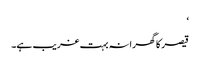
‘
قیصر کا گھرانہ بہت غریب ہے۔